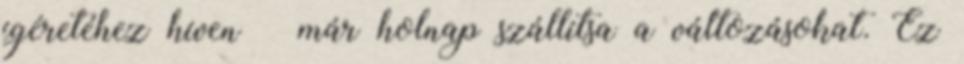
ígéretéhez híven – már holnap szállítsa a változásokat. Ez